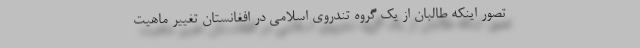
تصور اینکه طالبان از یک گروه تندروی اسلامی در افغانستان تغییر ماهیت